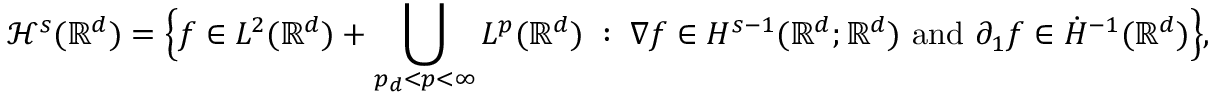
\mathcal { H } ^ { s } ( \mathbb { R } ^ { d } ) = \Big \{ { f \in L ^ { 2 } ( \mathbb { R } ^ { d } ) + \bigcup _ { p _ { d } < p < \infty } L ^ { p } ( \mathbb { R } ^ { d } ) \; : \; \nabla f \in H ^ { s - 1 } ( \mathbb { R } ^ { d } ; \mathbb { R } ^ { d } ) \mathrm { ~ a n d ~ } \partial _ { 1 } f \in \dot { H } ^ { - 1 } ( \mathbb { R } ^ { d } ) } \Big \} ,